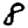
Digit: 8